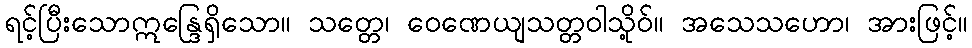
ရင့်ပြီးသောဣန္ဒြေရှိသော။ သတ္တေ၊ ဝေဏေယျသတ္တဝါသို့ဝ်။ အသေသဟော၊ အားဖြင့်။